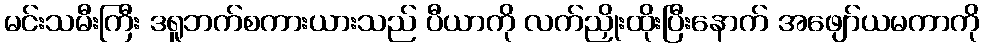
မင်းသမီးကြီး ဒရူဘက်စကားယားသည် ပီယာကို လက်ညှိုးထိုးပြီးနောက် အဖျော်ယမကာကို